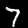
Label: 7